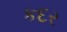
કદર